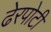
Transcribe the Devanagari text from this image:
ढेरपोटी